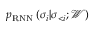
p _ { \mathrm { R N N } } \left( \sigma _ { i } | \sigma _ { < i } ; \mathcal { W } \right)